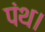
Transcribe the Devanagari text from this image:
पंथ।